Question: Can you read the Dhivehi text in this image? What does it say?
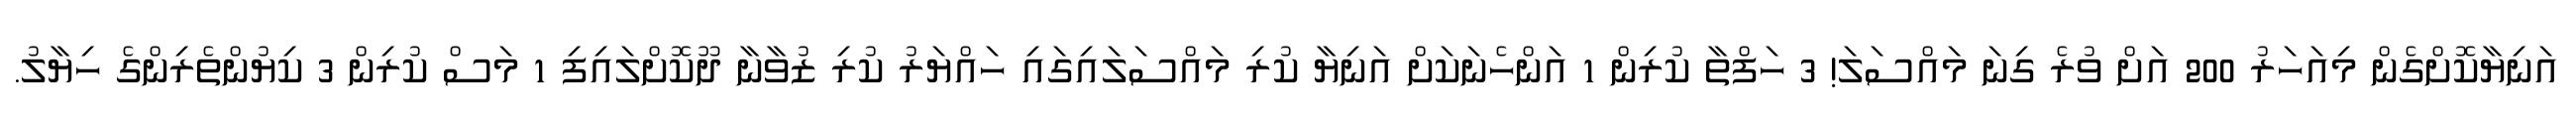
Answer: އަނިޔާކޮށްގެން މިއަހަރު 200 އަށް ވުރެ ގިނަ މައްސަލަ! 3 ހަފްތާ ކުރިން 1 އަންހެނަކަށް އަނިޔާ ކުރި މައްސަލައިގައި ހައްޔަރު ކުރި ޒުވާނާ ދޫކޮށްލައިފި 1 މަސް ކުރިން 3 ކިޔުންތެރިންގެ ހިޔާލު.